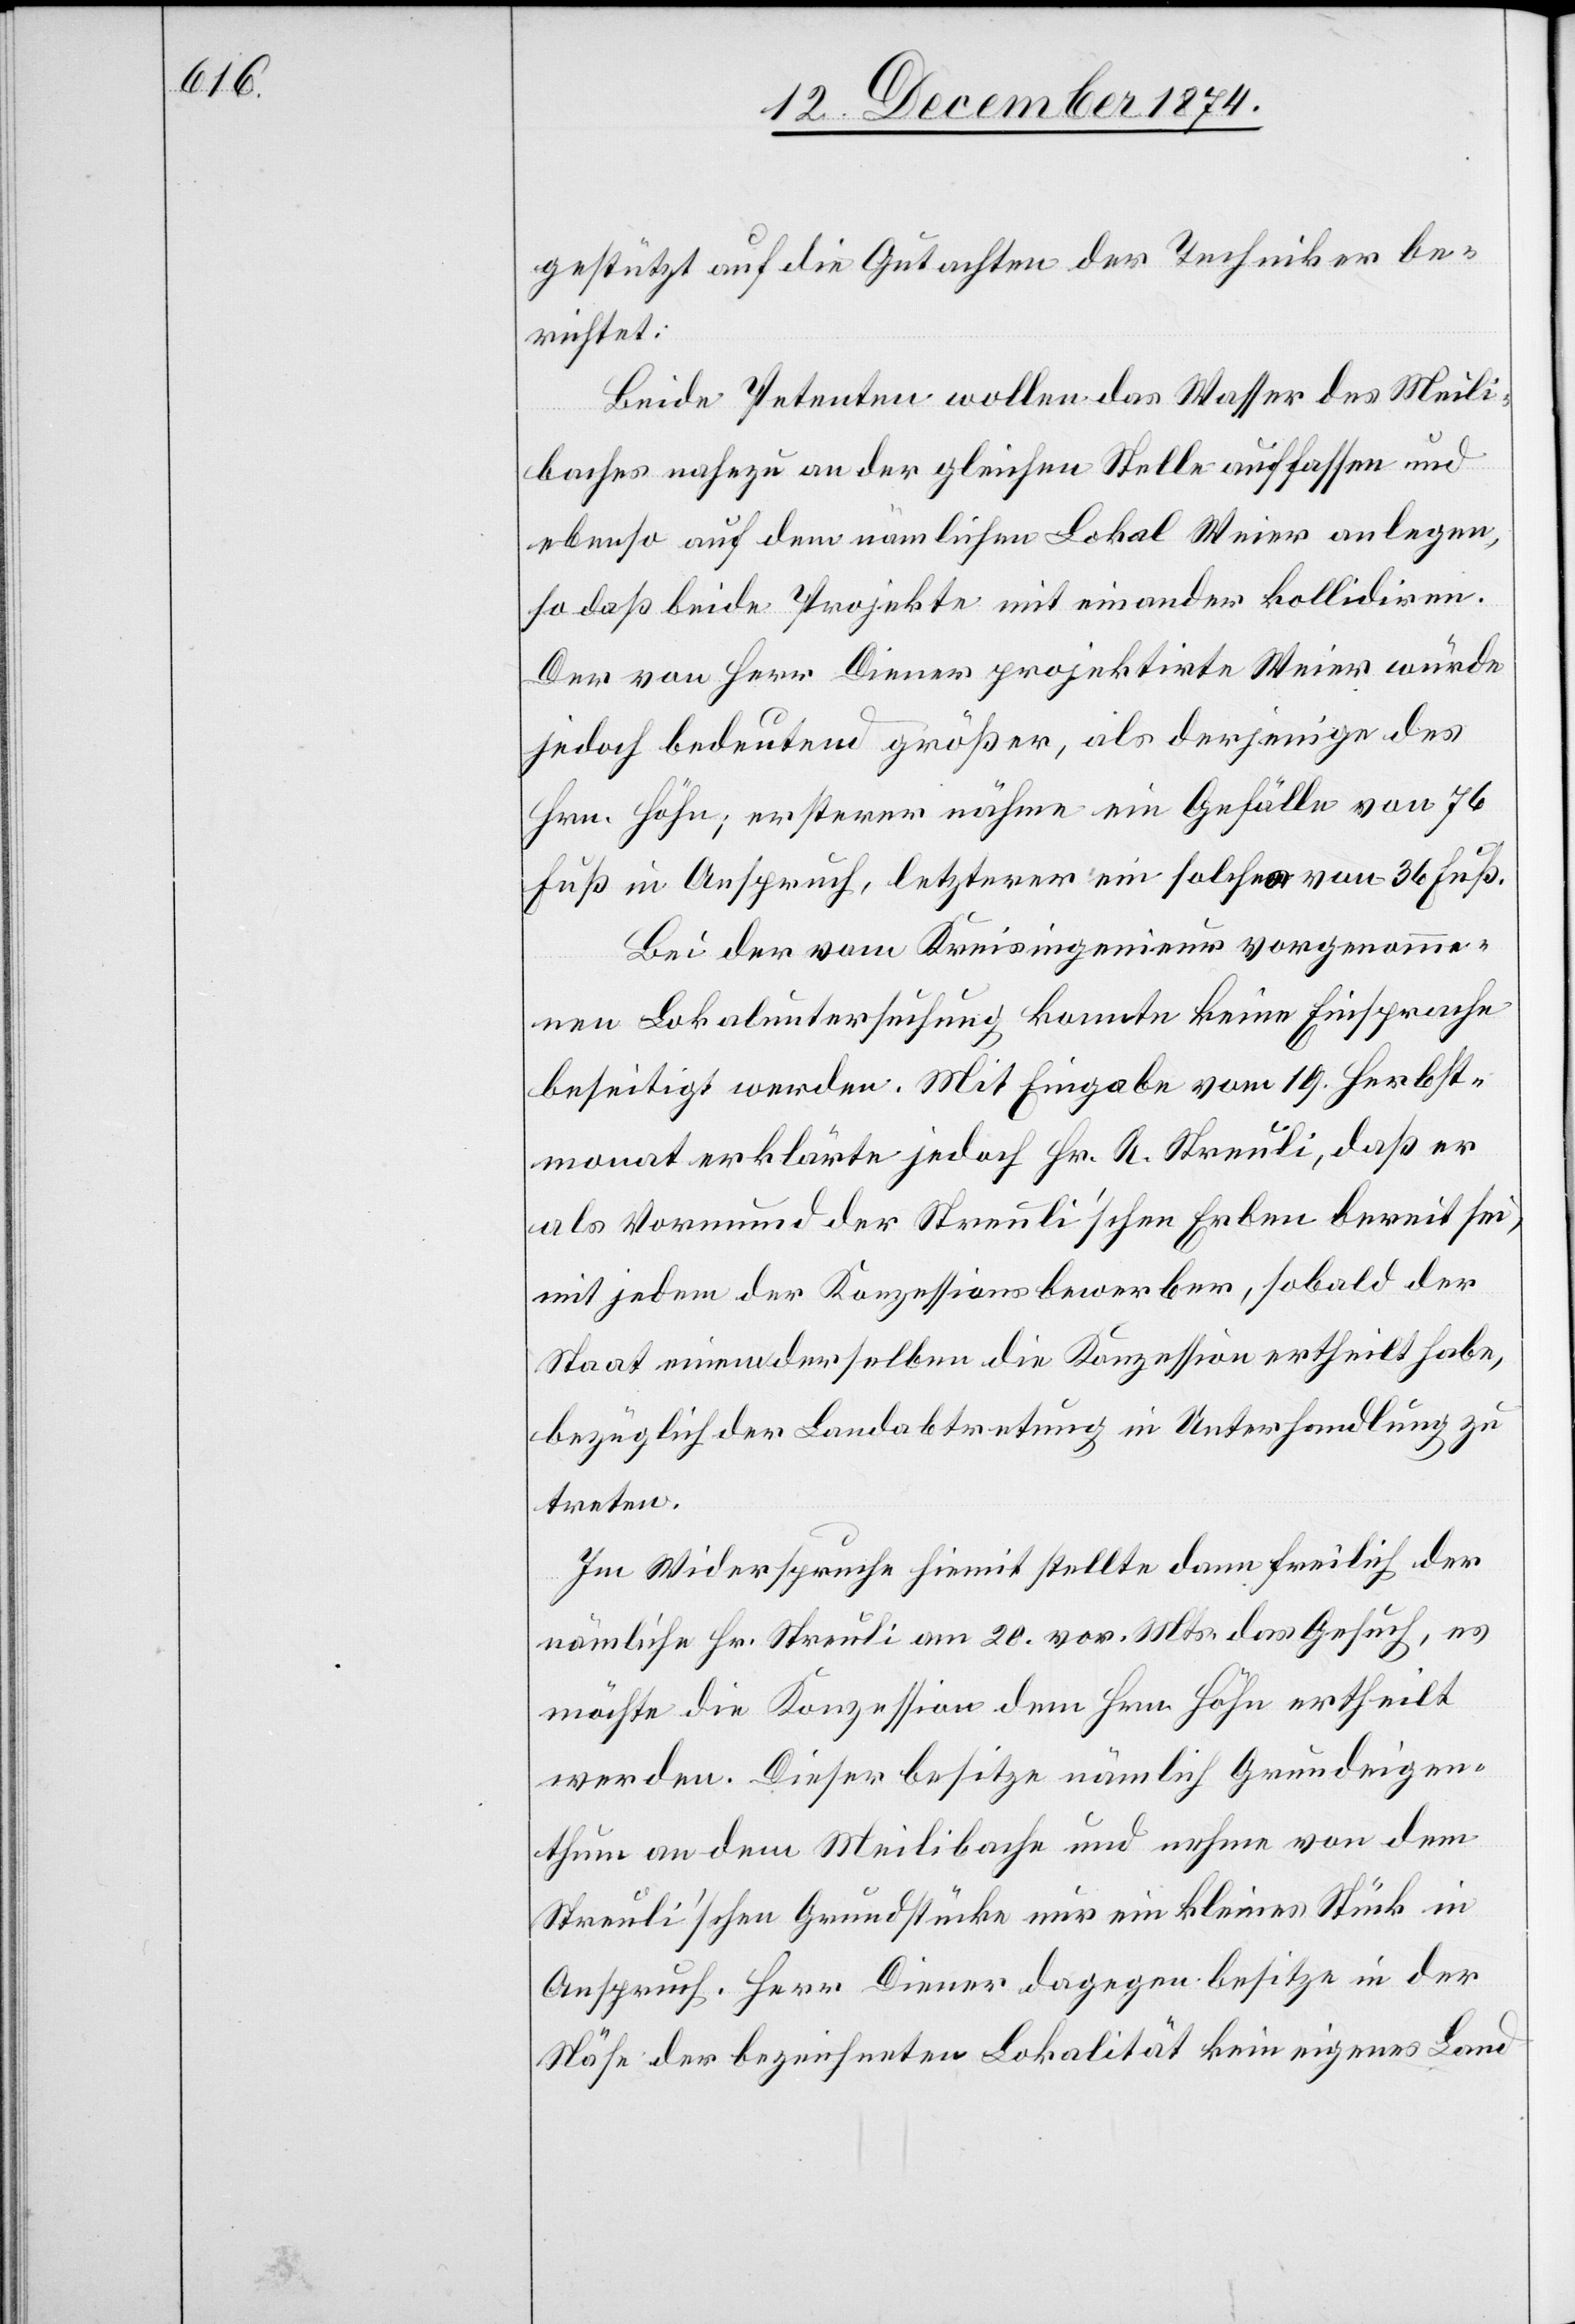
gestützt auf die Gutachten der Techniker be¬
richtet:
Beide Petenten wollen das Wasser des Meili¬
bachs nahezu an der gleichen Stelle auffassen und
ebenso auf dem nämlichen Lokal Weier anlegen,
so daß beide Projekte mit einander kollidiren.
Der von Herr Diener projektirte Weier würde
jedoch bedeutend größer, als derjenige des
Hrn. Höhn; ersterer nähme ein Gefälle von 76
Fuß in Anspruch, letzterer ein solches von 36 Fuß.
Bei der vom Kreisingenieur vorgenomme¬
nen Lokaluntersuchung konnte keine Einsprache
beseitigt werden. Mit Eingabe vom 19. Herbst¬
monat erklärte jedoch Hr. R. Streuli, daß er
als Vormund der Streuli’schen Erben bereit sei,
mit jedem der Konzessionsbewerber, sobald der
Staat einem derselben die Konzession ertheilt habe,
bezüglich der Landabtretung in Unterhandlung zu
treten.
Im Widerspruche hiemit stellte dann freilich der
nämliche Hr. Streuli am 20. vor. Mts. das Gesuch, es
möchte die Konzession dem Hrn. Höhn ertheilt
werden. Dieser besitze nämlich Grundeigen¬
thum an dem Meilibache und nehme von dem
Streuli’schen Grundstücke nur ein kleines Stück in
Anspruch. Herr Diener dagegen besitze in der
Nähe der bezeichneten Lokalität kein eigenes Land